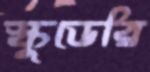
স্কুডেরি